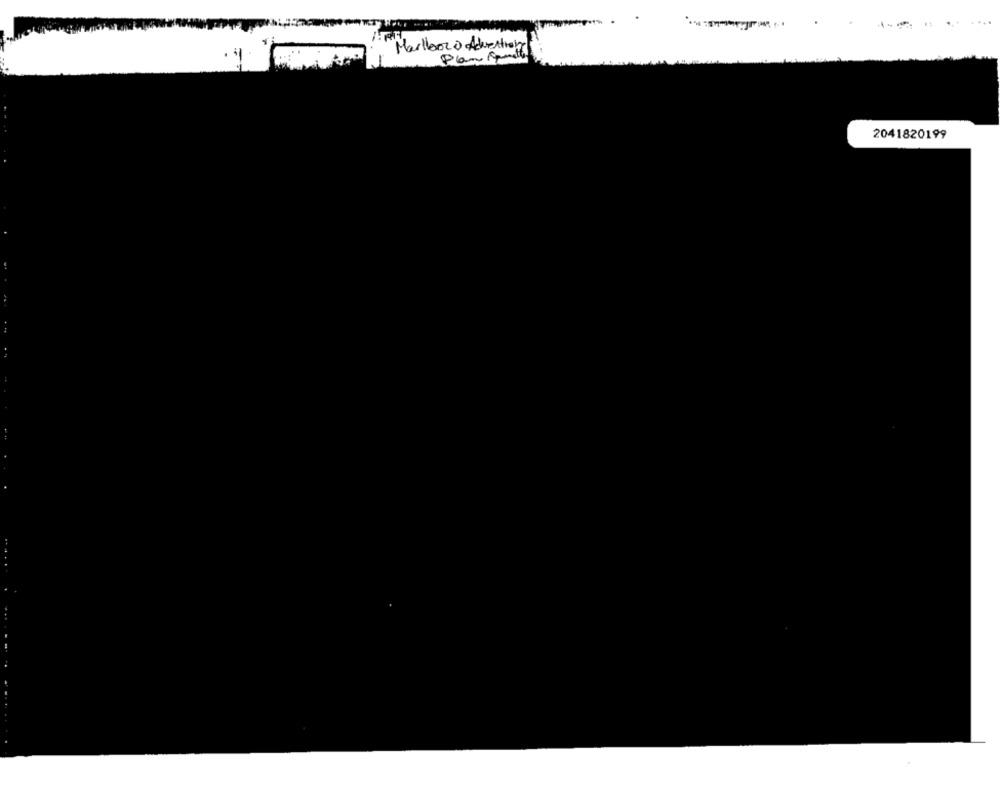
...
Marllenza Adventiont
2041820199
...
.....
...